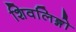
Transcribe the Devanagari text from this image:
शिवलिङ्गो